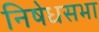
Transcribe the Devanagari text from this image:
निषेधसभा